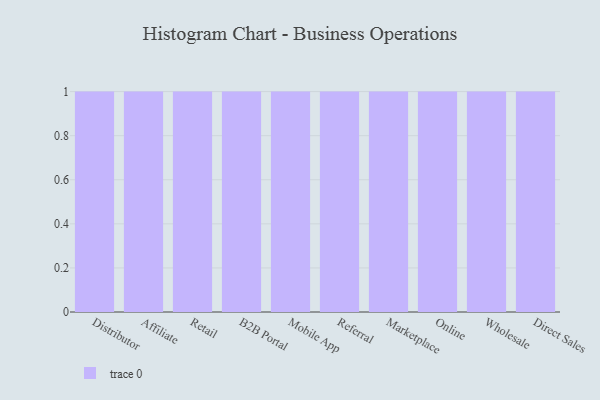
{"axis": {"x": "Channel", "y": "Demand Index"}, "legend": [""], "data": [{"x": "Distributor", "y": 17, "type": ""}, {"x": "Affiliate", "y": 61, "type": ""}, {"x": "Retail", "y": 32, "type": ""}, {"x": "B2B Portal", "y": 4, "type": ""}, {"x": "Mobile App", "y": 26, "type": ""}, {"x": "Referral", "y": 32, "type": ""}, {"x": "Marketplace", "y": 26, "type": ""}, {"x": "Online", "y": 75, "type": ""}, {"x": "Wholesale", "y": 99, "type": ""}, {"x": "Direct Sales", "y": 17, "type": ""}]}